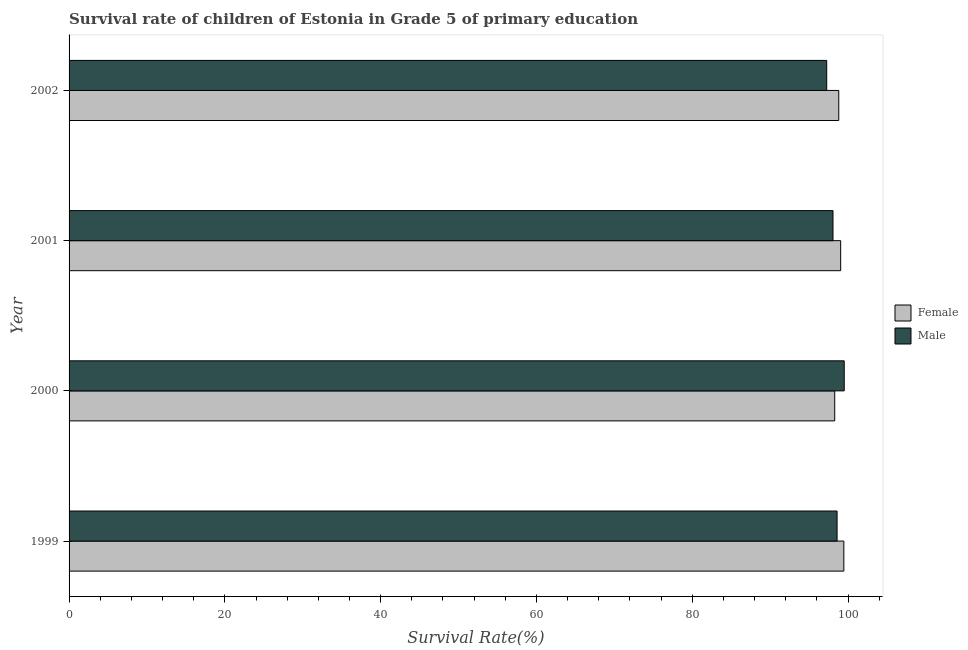
| Year | Female | Male |
 | --- | --- | --- |
 | 1999 | 99.5 | 98.6 |
 | 2000 | 98.3 | 99.5 |
 | 2001 | 99.1 | 98.1 |
 | 2002 | 98.8 | 97.3 |